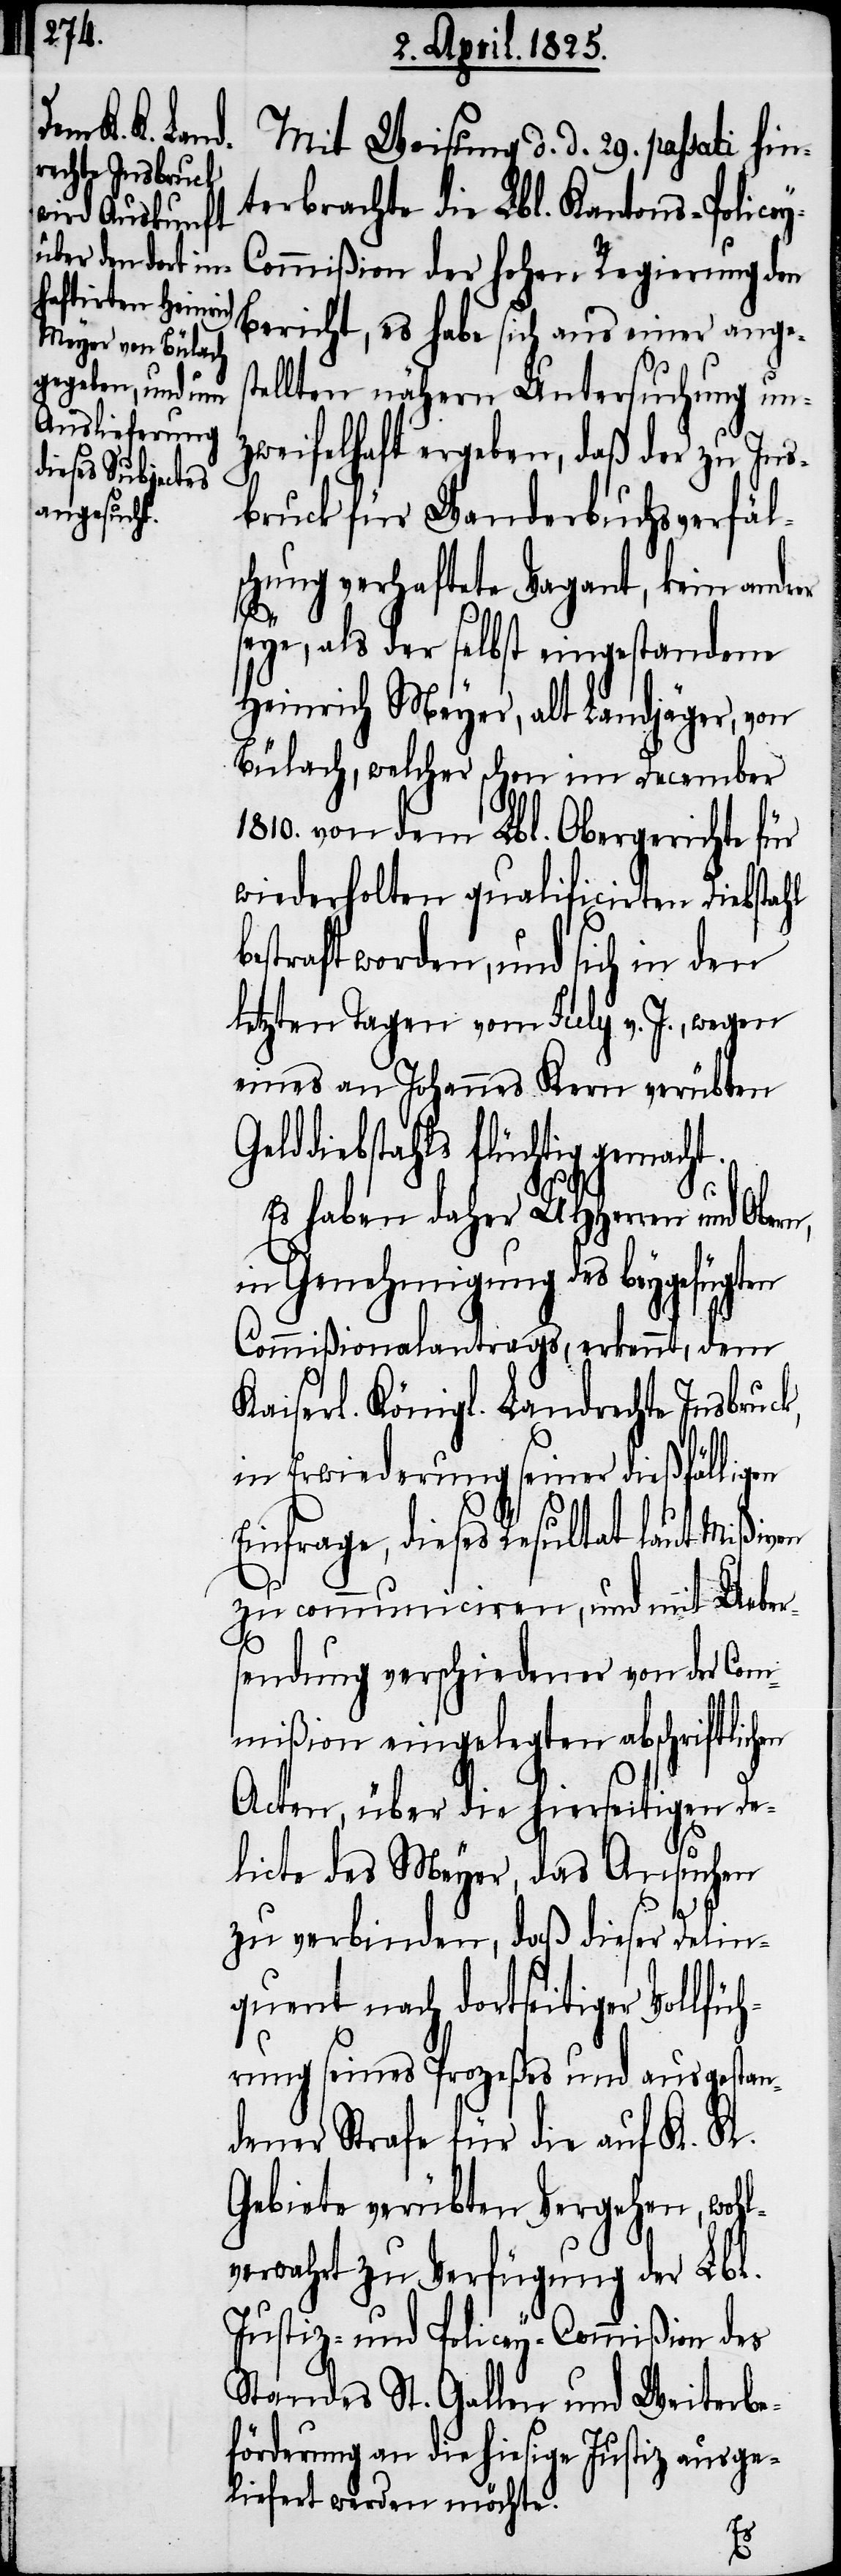
Mit Weisung d. d. 29. passati hin¬
terbrachte die Lbl. Kantons-Police¬
ommißion der hohen Regierung den
Bericht, es habe sich aus einer ange¬
ellten nähern Untersuchung un¬
zweifelhaft ergeben, daß der zu Ins¬
bruck für Wanderbuchsverfäls¬
chung verhaftete Vagant, kein andr¬
en
seye, als der selbst eingestandene
Heinrich Meyer, als Landjäger, von
Bülach, welcher schon im December
1810. von dem Lbl. Obergerichte für
wiederholten qualificirten Diebstahl
estraft worden, und sich in den
letzten Tagen vom July v. J., wegen
eines an Johannes Kern verübten
iebstahls flüchtig gemacht.
Es haben daher UHHerren und Obe¬
in Genehmigung des beygefügten
Commißionalantrags, erkennt, dem
Kaiserl. Königl. Landrechte Insbruck,
in Erwiederung seiner dießfälligen
Einfrage, dieses Resultat laut Mißiven
zu communiciren, und mit Ueber¬
sendung verschiedener von der Com¬
mißion eingelegten abschriftlich¬
Acten, über die hierseitigen De¬
licte des Meyer, das Ansuchen
zu verbinden, daß dieser Delin¬
quent nach dortseitiger Vollfüh¬
rung seines Prozeßes und ausgestan¬
dener Strafe für die auf K. K.
Gebiete verübten Vergehen, wohl¬
verwahrt zu Verfügung der Lbl.
Justiz- und Policey-Commißion des
Standes St. Gallen und Weiterbe¬
förderung an die hiesige Justiz ausge¬
liefert werden möchte.
b¬